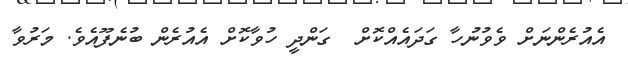
އެއުރެންނަށް ވެވުނުހާ ގަދައެއްކޮށް  ގަންދީ ހުވާކޮށް އެއުރެން ބުނެފޫއެވެ. މަރުވާ